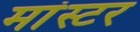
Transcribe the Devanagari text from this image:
मांस्टर